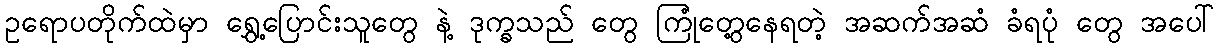
ဥရောပတိုက်ထဲမှာ ရွှေ့ပြောင်းသူတွေ နဲ့ ဒုက္ခသည် တွေ ကြုံတွေ့နေရတဲ့ အဆက်အဆံ ခံရပုံ တွေ အပေါ်